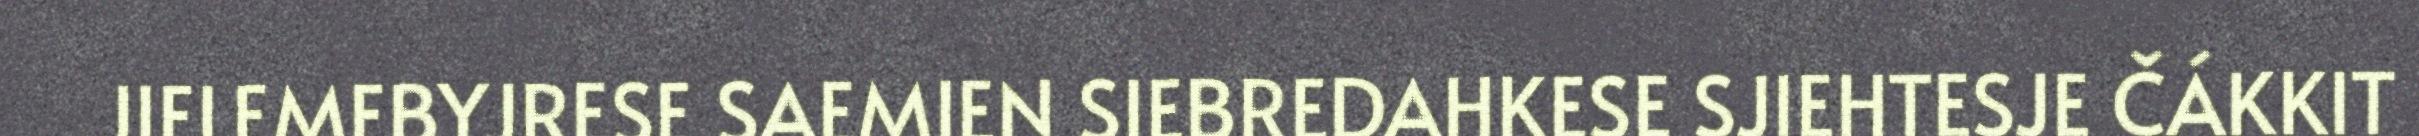
JIELEMEBYJRESE SAEMIEN SIEBREDAHKESE SJIEHTESJE ČÁKKIT